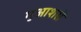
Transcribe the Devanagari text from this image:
मुआशरों